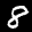
Label: 8